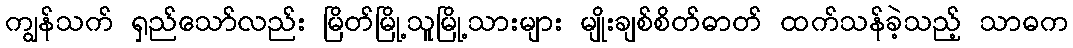
ကျွန်သက် ရှည်သော်လည်း မြိတ်မြို့သူမြို့သားများ မျိုးချစ်စိတ်ဓာတ် ထက်သန်ခဲ့သည့် သာဓက